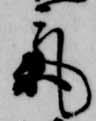
気